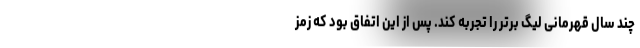
چند سال قهرمانی لیگ برتر را تجربه کند. پس از این اتفاق بود که زمز